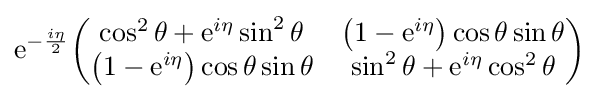
{\rm {e}}^{-{\frac {i\eta }{2}}}{\begin{pmatrix}\cos ^{2}\theta +{\rm {e}}^{i\eta }\sin ^{2}\theta &\left(1-{\rm {e}}^{i\eta }\right)\cos \theta \sin \theta \\\left(1-{\rm {e}}^{i\eta }\right)\cos \theta \sin \theta &\sin ^{2}\theta +{\rm {e}}^{i\eta }\cos ^{2}\theta \end{pmatrix}}